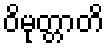
ဝိမုတ္တာတိ